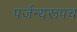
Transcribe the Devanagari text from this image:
पर्जन्यरूपच